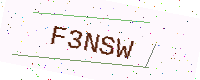
Text: F3NSW